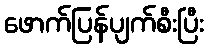
ဖောက်ပြန်ပျက်စီးပြီး